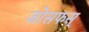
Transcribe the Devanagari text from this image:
जोसफस्